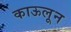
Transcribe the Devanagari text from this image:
काऊलून